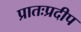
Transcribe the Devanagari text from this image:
प्रातःप्रदीप